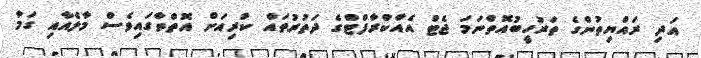
އަދި ރައްޔިތުންގެ ތަރުހީބުއޮތްނަމަ ޖެޓް އެއާކްރާފްޓްގެ ދަތުރުތައް ކުރިއަށް އޮތްތާގައިވެސް މާލެއާއި ގަމާ